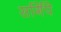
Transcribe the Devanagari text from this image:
सर्गिपे